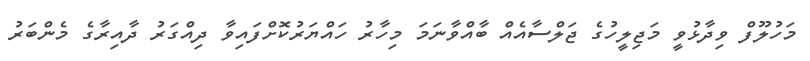
މަހުލޫފް ވިދާޅުވީ މަޖިލީހުގެ ޖަލްސާއެއް ބާއްވާނަމަ މިހާރު ހައްޔަރުކޮށްފައިވާ ދިއްގަރު ދާއިރާގެ މެންބަރު